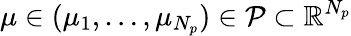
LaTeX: \mu\in(\mu_{1},\ldots,\mu_{N_{p}})\in\mathcal{P}\subset\mathbb{R}^{N_{p}}